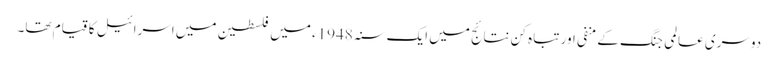
دوسری عالمی جنگ کے منفی اور تباہ کن نتائج میں ایک سنہ 1948ء میں فلسطین میں اسرائیل کا قیام تھا۔